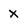
Character: X